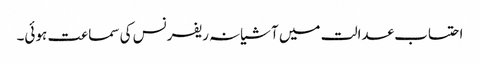
احتساب عدالت میں آشیانہ ریفرنس کی سماعت ہوئی۔